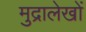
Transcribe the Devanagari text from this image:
मुद्रालेखों